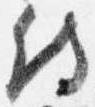
侍